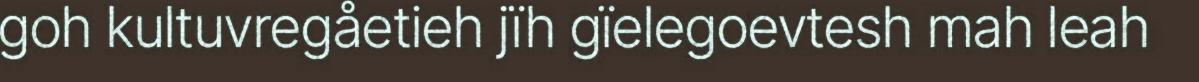
goh kultuvregåetieh jïh gïelegoevtesh mah leah